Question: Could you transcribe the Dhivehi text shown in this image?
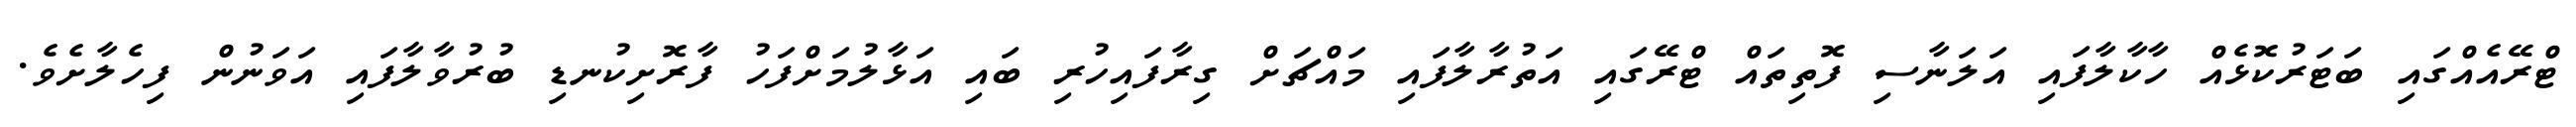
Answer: ޓްރޭއެއްގައި ބަޓަރުކޮޅެއް ހާކާލާފައި އަލަނާސި ފޮތިތައް ޓްރޭގައި އަތުރާލާފައި މައްޗަށް ގިރާފައިހުރި ބައި އަޅާލުމަށްފަހު ފާރޮށިކުނޑި ބުރުވާލާފައި އަވަނުން ފިހެލާށެވެ.